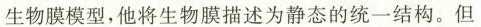
生物膜模型，他将生物膜描述为静态的统一结构。但